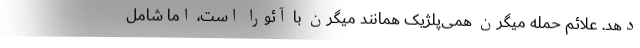
دهد. علائم حمله میگرن همی‌پلژیک همانند میگرن با آئورا است، اما شامل